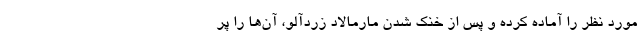
مورد نظر را آماده کرده و پس از خنک شدن مارمالاد زردآلو، آن‌ها را پر